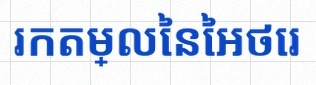
រកតម្លៃនៃអថេរ